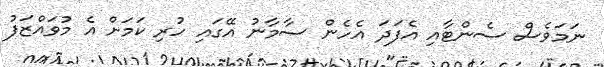
ނަމަވެސް ސެންޓާއި އެފަދަ އެހެން ސާމާނު އޭގައި ހުރި ކަމަށް އެ މުވައްޒަފު